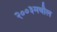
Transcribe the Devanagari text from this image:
२००३मधील